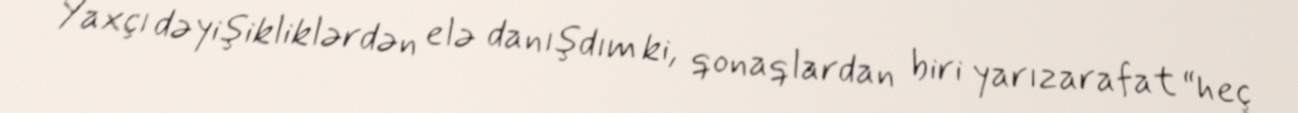
Yaxçı dəyişikliklərdən elə danışdım ki, qonaqlardan biri yarızarafat “heç